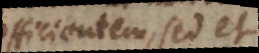
efficientem, sed et